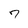
Character: 7